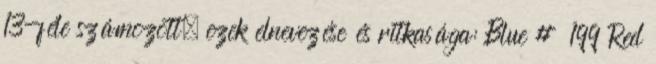
13-féle számozott, ezek elnevezése és ritkasága: Blue # 199 Red